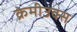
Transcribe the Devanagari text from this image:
क्रेमीउक्स